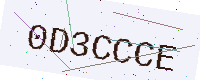
Text: 0D3CCCE